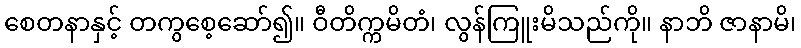
စေတနာနှင့် တကွစေ့ဆော်၍။ ဝီတိက္ကမိတံ၊ လွန်ကြူးမိသည်ကို။ နာဘိ ဇာနာမိ၊